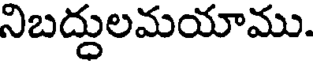
నిబద్దులమయాము.